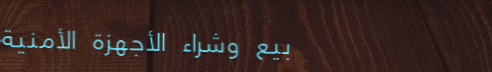
بيع وشراء الأجهزة الأمنية